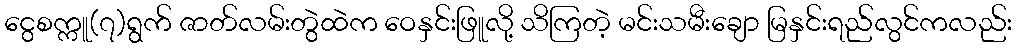
ငွေစက္ကူ(၇)ရွက် ဇာတ်လမ်းတွဲထဲက ဝေနှင်းဖြူလို့ သိကြတဲ့ မင်းသမီးချော မြနှင်းရည်လွင်ကလည်း